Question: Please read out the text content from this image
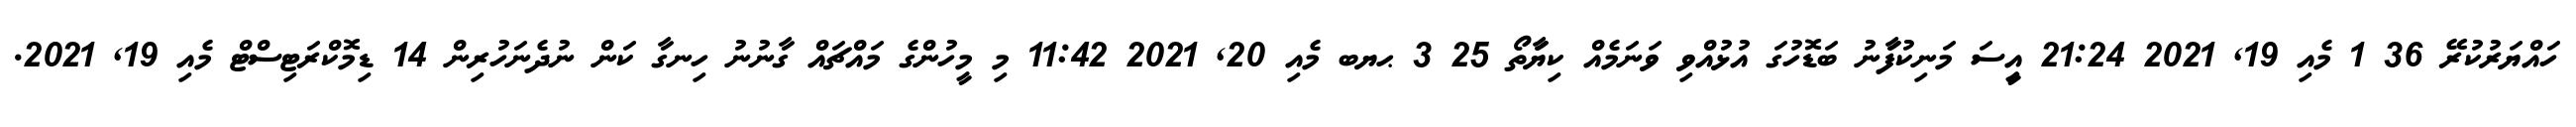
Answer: ހައްޔަރުކުރޭ 36 1 މެއި 19, 2021 21:24 އިީސަ މަނިކުފަާނު ބަޑޮހުގަ އުޅުއްވި ވަނަމެއް ކިޔަާތޯ 25 3 ޙޔބ މެއި 20, 2021 11:42 މި މީހުންގެ މައްޗައް ގާނުނު ހިނގާ ކަން ނުދެނަހުރިން 14 ޑިމޮކްރަޓިސްޓް މެއި 19, 2021.